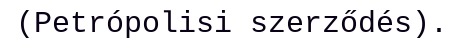
(Petrópolisi szerződés).